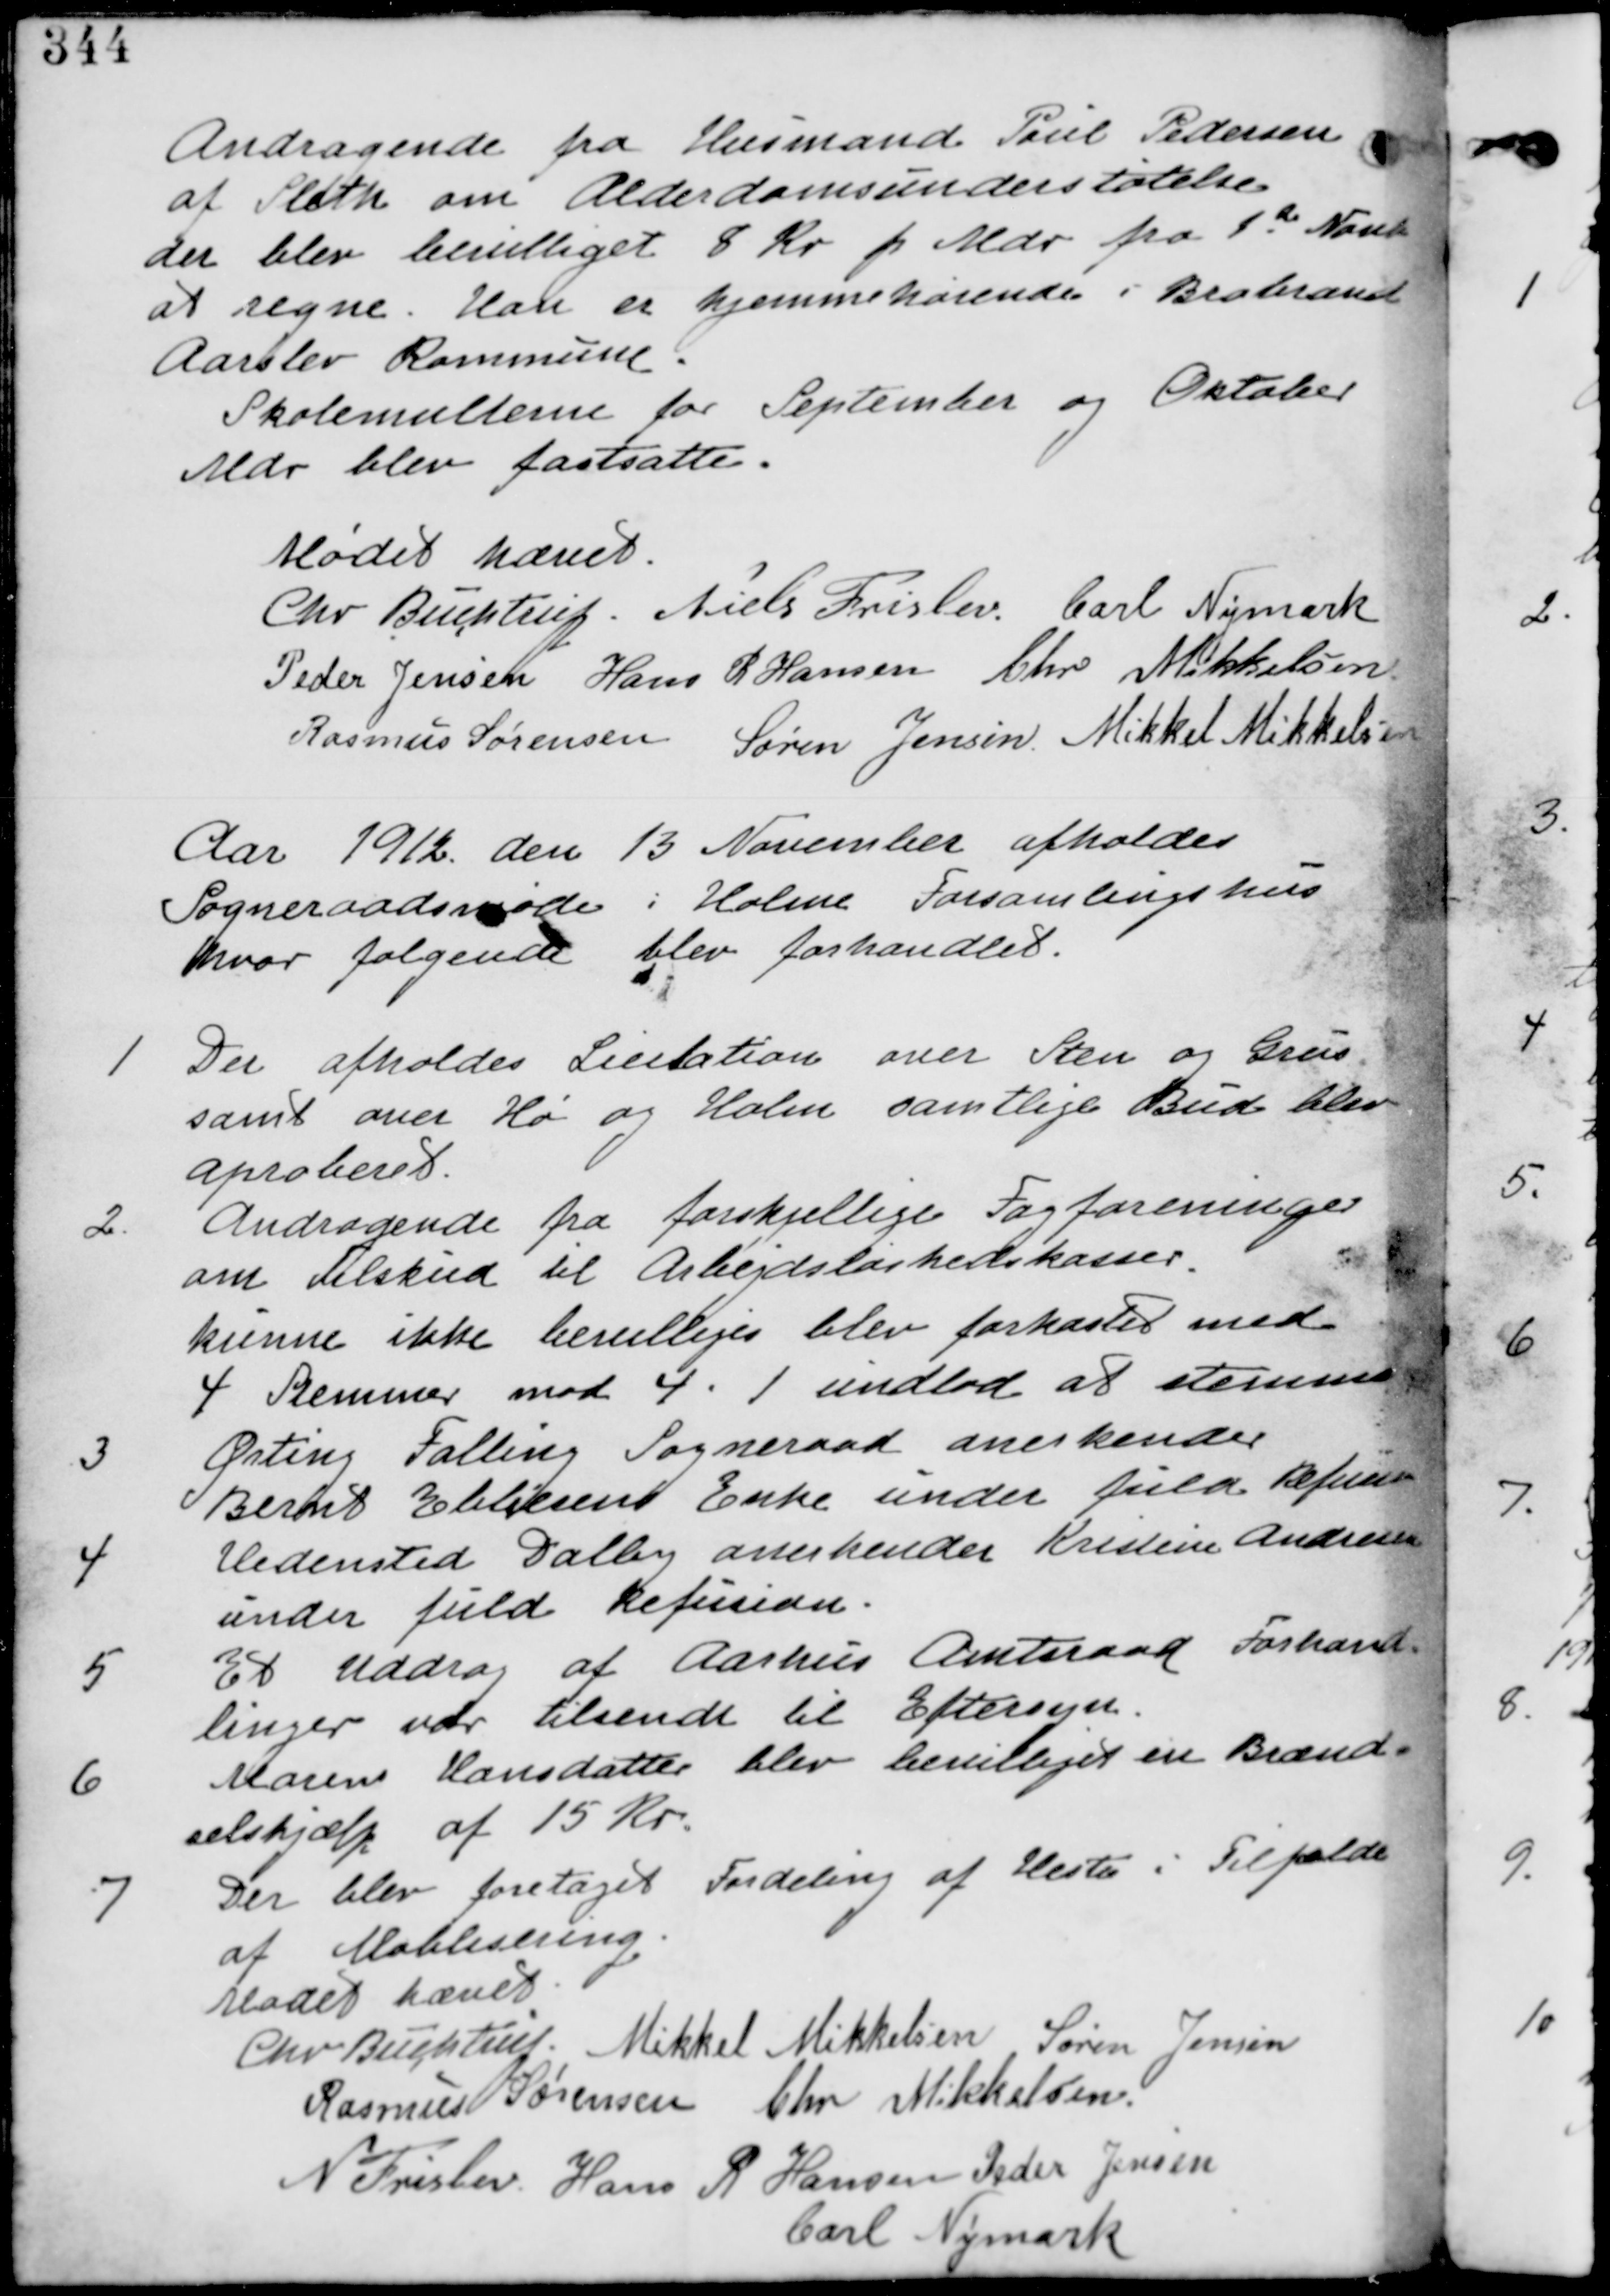
Transskription:
Andragende fra Husmand Paul Pedersen
af Sleth om Alderdomsunderstøttelse
der blev bevilliget 8 Kr Pr Mdr fra 1st Novb
at regne. Han er hjemmehørende i Brabrand
Aarslev Kommune.
Skolemulterne for September og Oktober
Mdr blev fastsatte.

Mødet hævet

Chr. Buchtrup. Niels Frislav Carl Nymark
Peder Jensen Hans R Hansen Chr Mikkelsen
Rasmus Sørensen Søren Jensen Mikkel Mikkelsen

Aar 1912 den 13 November afholdes
Sogneraadsmøde i Holme Forsamlingshus
hvor følgende blev forhandlet.

1. Der afholdes Licitation over Sten og Grus
samt over Hø og Halm samtlige Bud blev
aproberet.

2. Andragende fra forskjellige Fagforeninger
om Tilskud til Arbejdsløshedskasser.
kunne ikke bevilliges blev forkastet med
4 Stemmer mod 4. 1 undlod at stemme.

3. Ørting Falling Sogneraad anerkender
Bernt Ebbesens Enke under fuld Refusion

4. Hedensted Dalby anerkender Kristine Andersen
under fuld Refusion

5. Et Uddrag af Aarhus Amtsraad Forhand-
linger var tilsendt til Eftersyn.

6. Maren Hansdatter blev bevilliget en Brænd-
selshjælp af 15 Kr.

7. Der blev foretaget Fordeling af Heste i Tilfælde
af Mobilisering

Mødet hævet

Chr Buchtrup. Mikkel Mikkelsen Søren Jensen
Rasmus Sørensen Chr Mikkelsen
N Frislev Hans R Hansen Peder Jensen
Carl Nymark